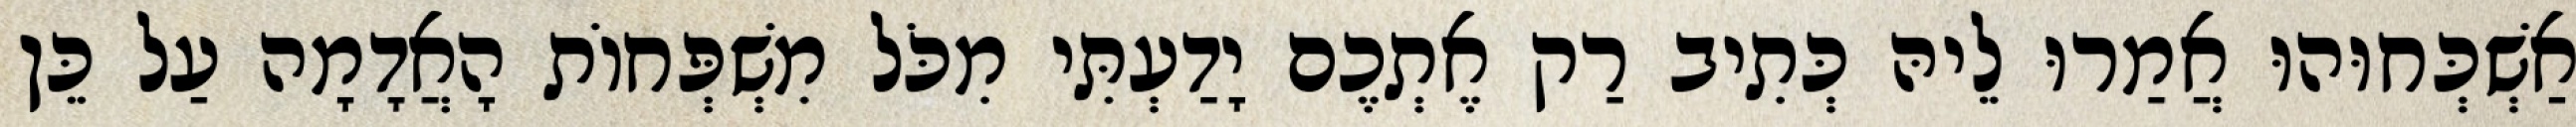
אַשְׁכְּחוּהוּ אֲמַרוּ לֵיהּ כְּתִיב רַק אֶתְכֶם יָדַעְתִּי מִכֹּל מִשְׁפְּחוֹת הָאֲדָמָה עַל כֵּן